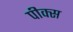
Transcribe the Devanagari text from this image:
पीक्स